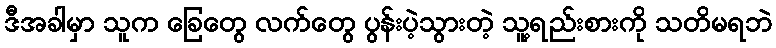
ဒီအခါမှာ သူက ခြေတွေ လက်တွေ ပွန်းပဲ့သွားတဲ့ သူ့ရည်းစားကို သတိမရဘဲ